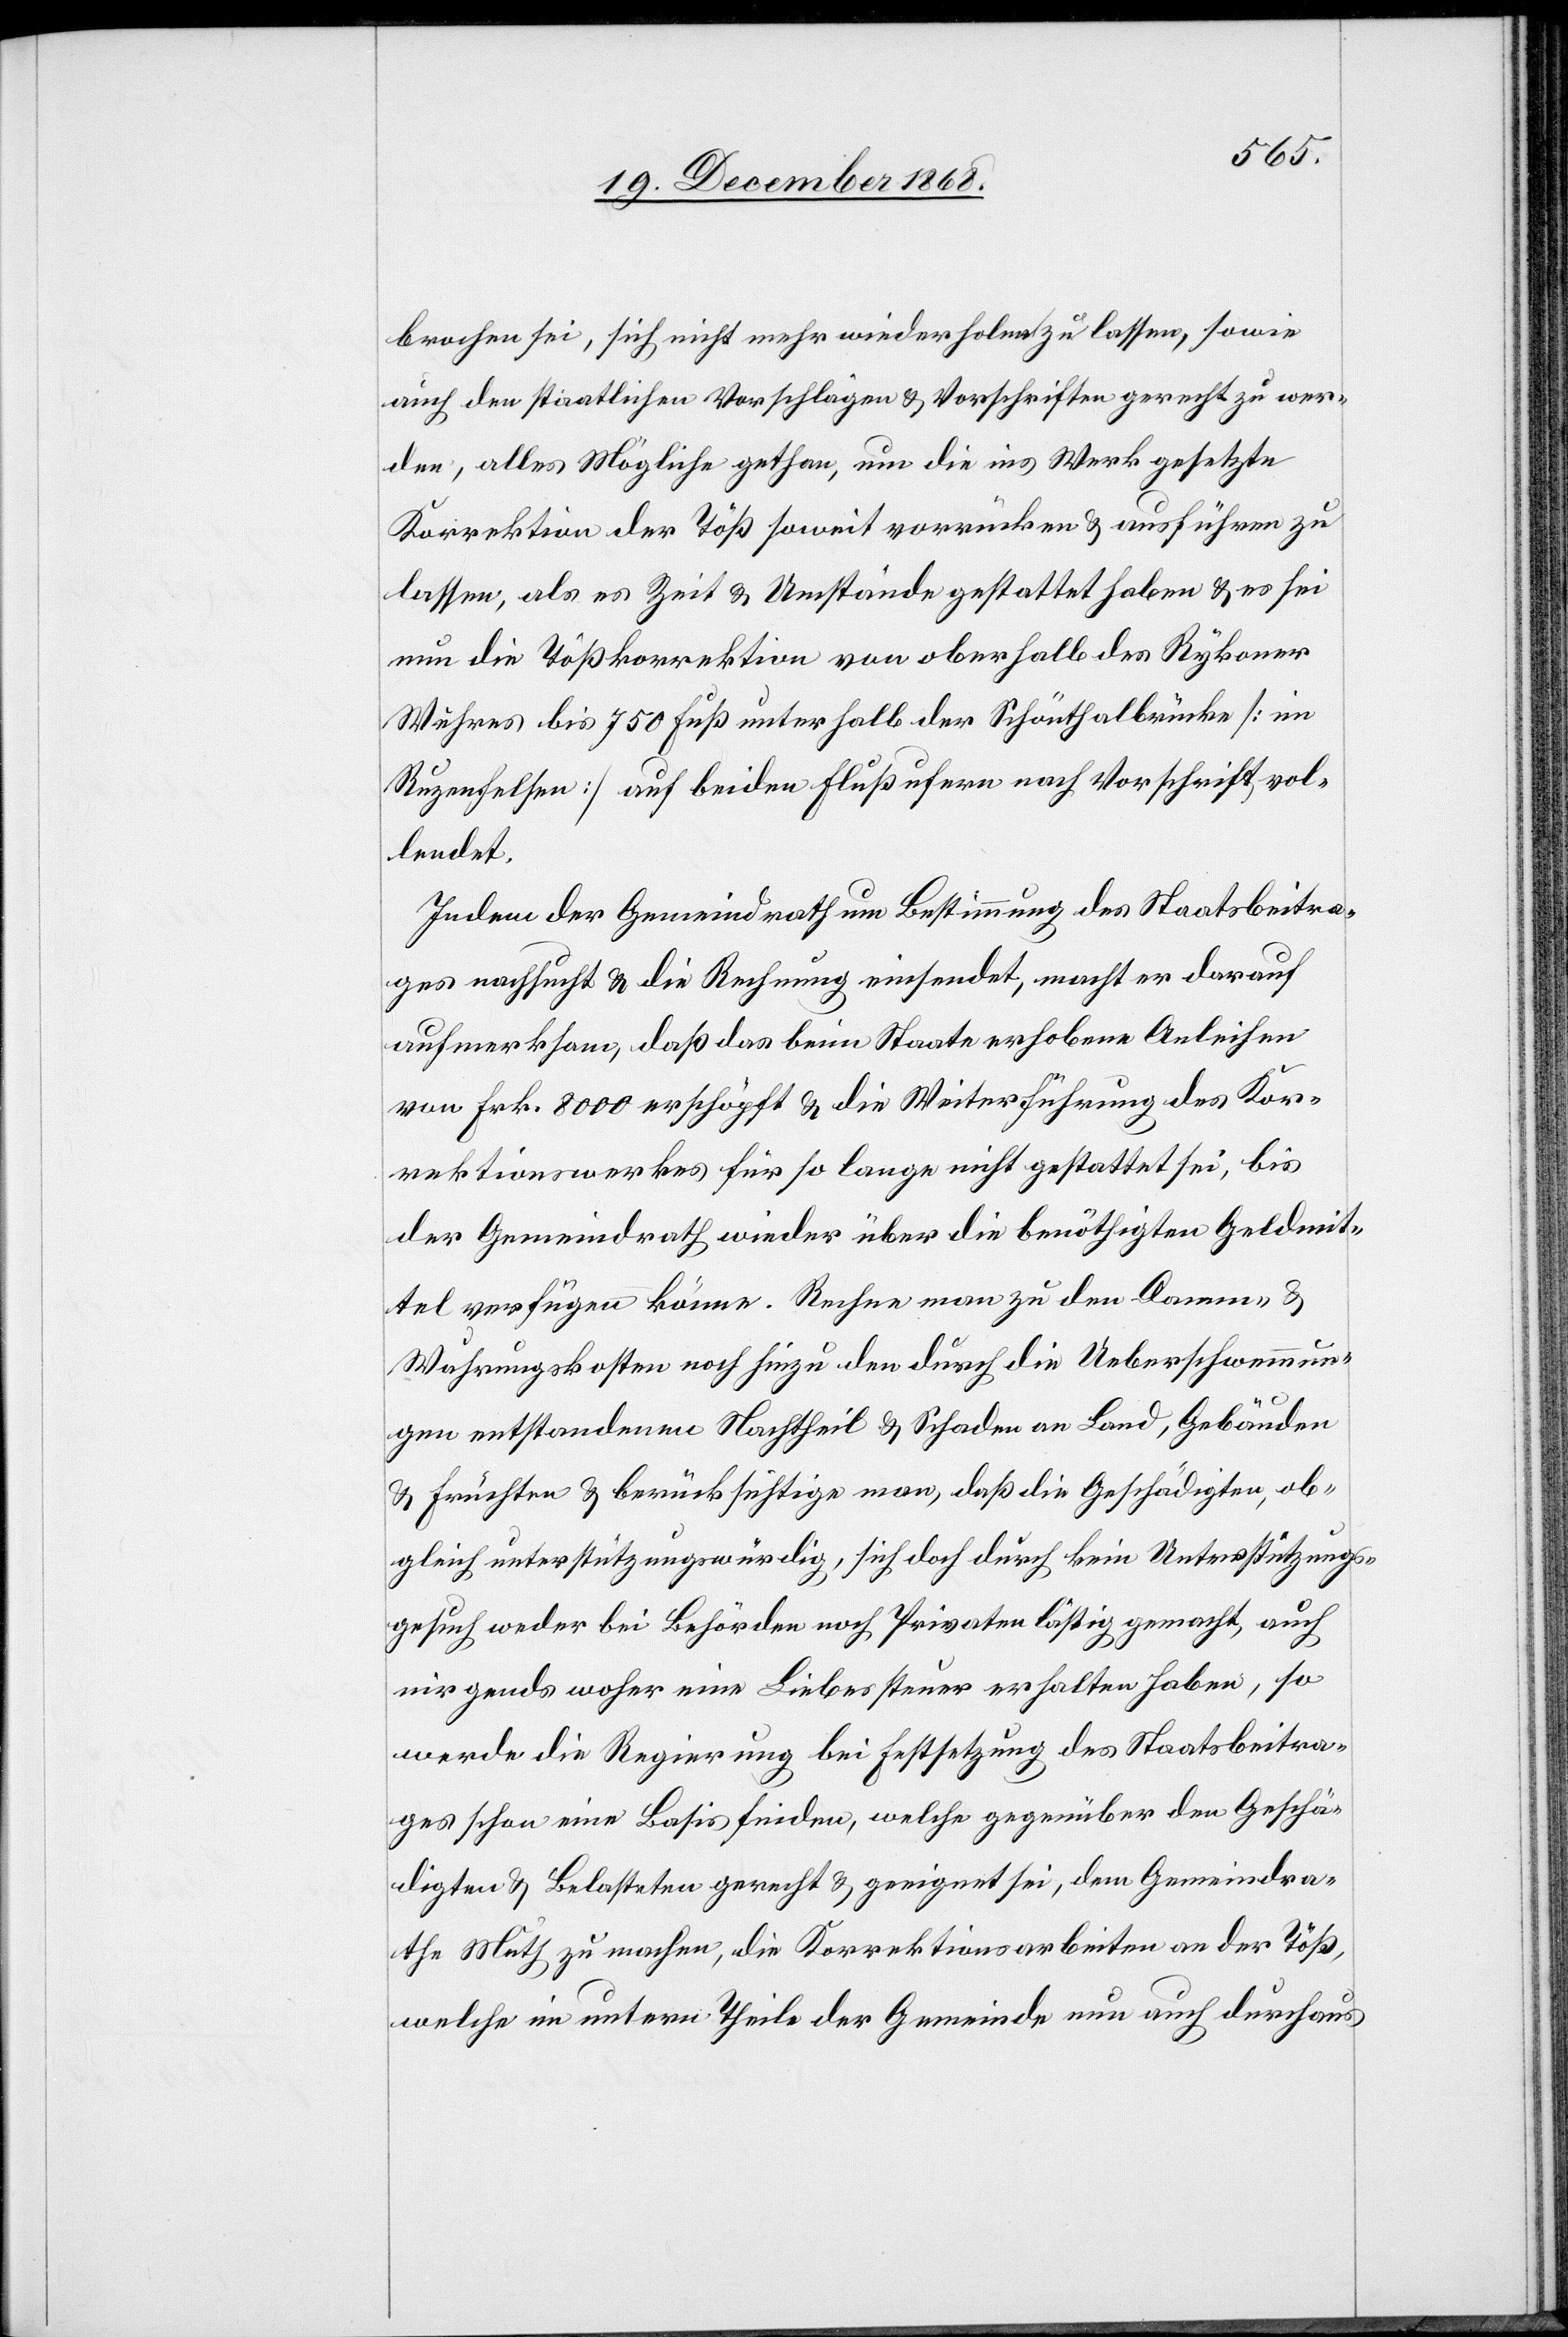
brochen sei, sich nicht mehr wiederholen zu lassen, sowie
auch den staatlichen Vorschlägen & Vorschriften gerecht zu wer¬
den, alles Mögliche gethan, um die ins Werk gesetzte
Korrektion der Töß soweit vorrücken & ausführen zu
lassen, als es Zeit & Umstände gestattet haben & es sei
nun die Tößkorrektion von oberhalb des Rykoner
Wuhres bis 750 Fuß unterhalb der Schönthalbrücke [im
Ruzenfelsen] auf beiden Flußufern nach Vorschrift vol¬
lendet.
Indem der Gemeindrath um Bestimmung des Staatsbeitra¬
ges nachsucht & die Rechnung einsendet, macht er darauf
aufmerksam, daß das beim Staate erhobene Anleihen
von Frk. 8000 erschöpft & die Weiterführung des Kor¬
rektionswerkes für so lange nicht gestattet sei, bis
der Gemeindrath wieder über die benöthigten Geldmit¬
tel verfügen könne. Rechne man zu den Damm- &
Wuhrungskosten noch hinzu den durch die Ueberschwemmun¬
gen entstandenen Nachtheil & Schaden an Land, Gebäuden
& Früchten & berücksichtige man, daß die Geschädigten, ob¬
gleich unterstützungswürdig, sich doch durch kein Unterstützungs¬
gesuch weder bei Behörden noch Privaten lästig gemacht, auch
nirgends woher eine Liebessteuer erhalten haben, so
werde die Regierung bei Festsetzung des Staatsbeitra¬
ges schon eine Basis finden, welche gegenüber den Geschä¬
digten & Belasteten gerecht & geeignet sei, dem Gemeindra¬
the Muth zu machen, die Korrektionsarbeiten an der Töß,
welche im untern Theile der Gemeinde nun auch durchaus